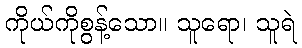
ကိုယ်ကိုစွန့်သော။ သူရော၊ သူရဲ